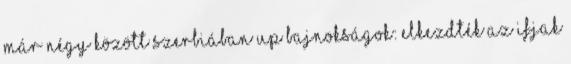
már négy között Szerbiában UP bajnokságok: elkezdték az ifjak